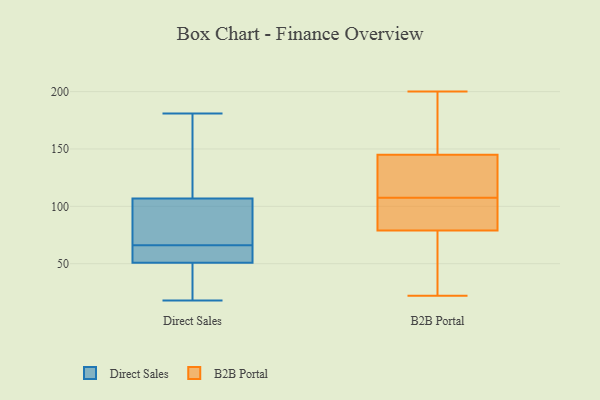
{"axis": {"x": "Waste Production (Tons)", "y": "Value"}, "legend": ["B2B Portal", "Direct Sales"], "data": [{"x": "", "y": 66, "type": "Direct Sales"}, {"x": "", "y": 115, "type": "Direct Sales"}, {"x": "", "y": 21, "type": "Direct Sales"}, {"x": "", "y": 48, "type": "Direct Sales"}, {"x": "", "y": 116, "type": "Direct Sales"}, {"x": "", "y": 64, "type": "Direct Sales"}, {"x": "", "y": 59, "type": "Direct Sales"}, {"x": "", "y": 181, "type": "Direct Sales"}, {"x": "", "y": 18, "type": "Direct Sales"}, {"x": "", "y": 59, "type": "Direct Sales"}, {"x": "", "y": 81, "type": "Direct Sales"}, {"x": "", "y": 143, "type": "Direct Sales"}, {"x": "", "y": 68, "type": "Direct Sales"}, {"x": "", "y": 30, "type": "Direct Sales"}, {"x": "", "y": 82, "type": "Direct Sales"}, {"x": "", "y": 51, "type": "B2B Portal"}, {"x": "", "y": 116, "type": "B2B Portal"}, {"x": "", "y": 94, "type": "B2B Portal"}, {"x": "", "y": 105, "type": "B2B Portal"}, {"x": "", "y": 93, "type": "B2B Portal"}, {"x": "", "y": 128, "type": "B2B Portal"}, {"x": "", "y": 145, "type": "B2B Portal"}, {"x": "", "y": 47, "type": "B2B Portal"}, {"x": "", "y": 149, "type": "B2B Portal"}, {"x": "", "y": 175, "type": "B2B Portal"}, {"x": "", "y": 161, "type": "B2B Portal"}, {"x": "", "y": 130, "type": "B2B Portal"}, {"x": "", "y": 110, "type": "B2B Portal"}, {"x": "", "y": 200, "type": "B2B Portal"}, {"x": "", "y": 57, "type": "B2B Portal"}, {"x": "", "y": 22, "type": "B2B Portal"}, {"x": "", "y": 79, "type": "B2B Portal"}, {"x": "", "y": 88, "type": "B2B Portal"}]}